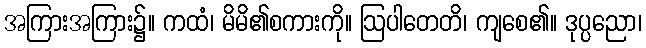
အကြားအကြား၌။ ကထံ၊ မိမိ၏စကားကို။ ဩပါတေတိ၊ ကျစေ၏။ ဒုပ္ပညော၊